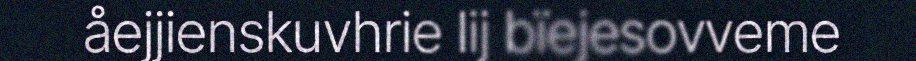
åejjienskuvhrie lij bïejesovveme